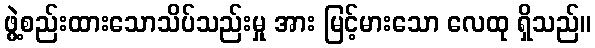
ဖွဲ့စည်းထားသောသိပ်သည်းမှု အား မြင့်မားသော လေထု ရှိသည်။